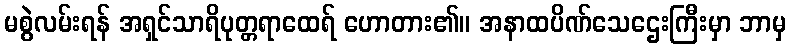
မစွဲလမ်းရန် အရှင်သာရိပုတ္တရာထေရ် ဟောတား၏။ အနာထပိဏ်သေဌေးကြီးမှာ ဘာမှ